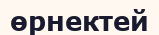
өрнектей